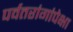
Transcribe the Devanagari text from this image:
पर्वतरांगांपेक्षा